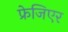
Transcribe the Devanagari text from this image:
फ्रेजिएर